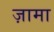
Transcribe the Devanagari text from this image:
ज़ामा